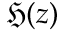
{ \mathfrak { H } } ( z )